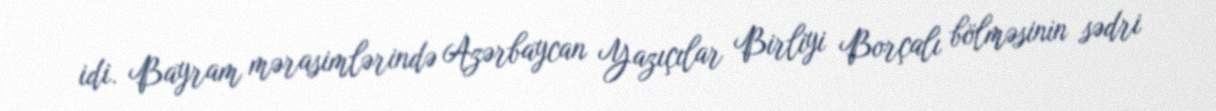
idi. Bayram mərasimlərində Azərbaycan Yazıçılar Birliyi Borçalı bölməsinin sədri